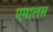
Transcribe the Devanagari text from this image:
एमालस